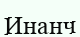
Инанч